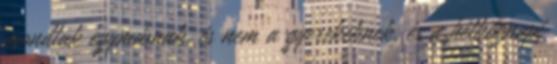
mondtak egymásnak, és nem a gyerekeknek, és a hétköznapi